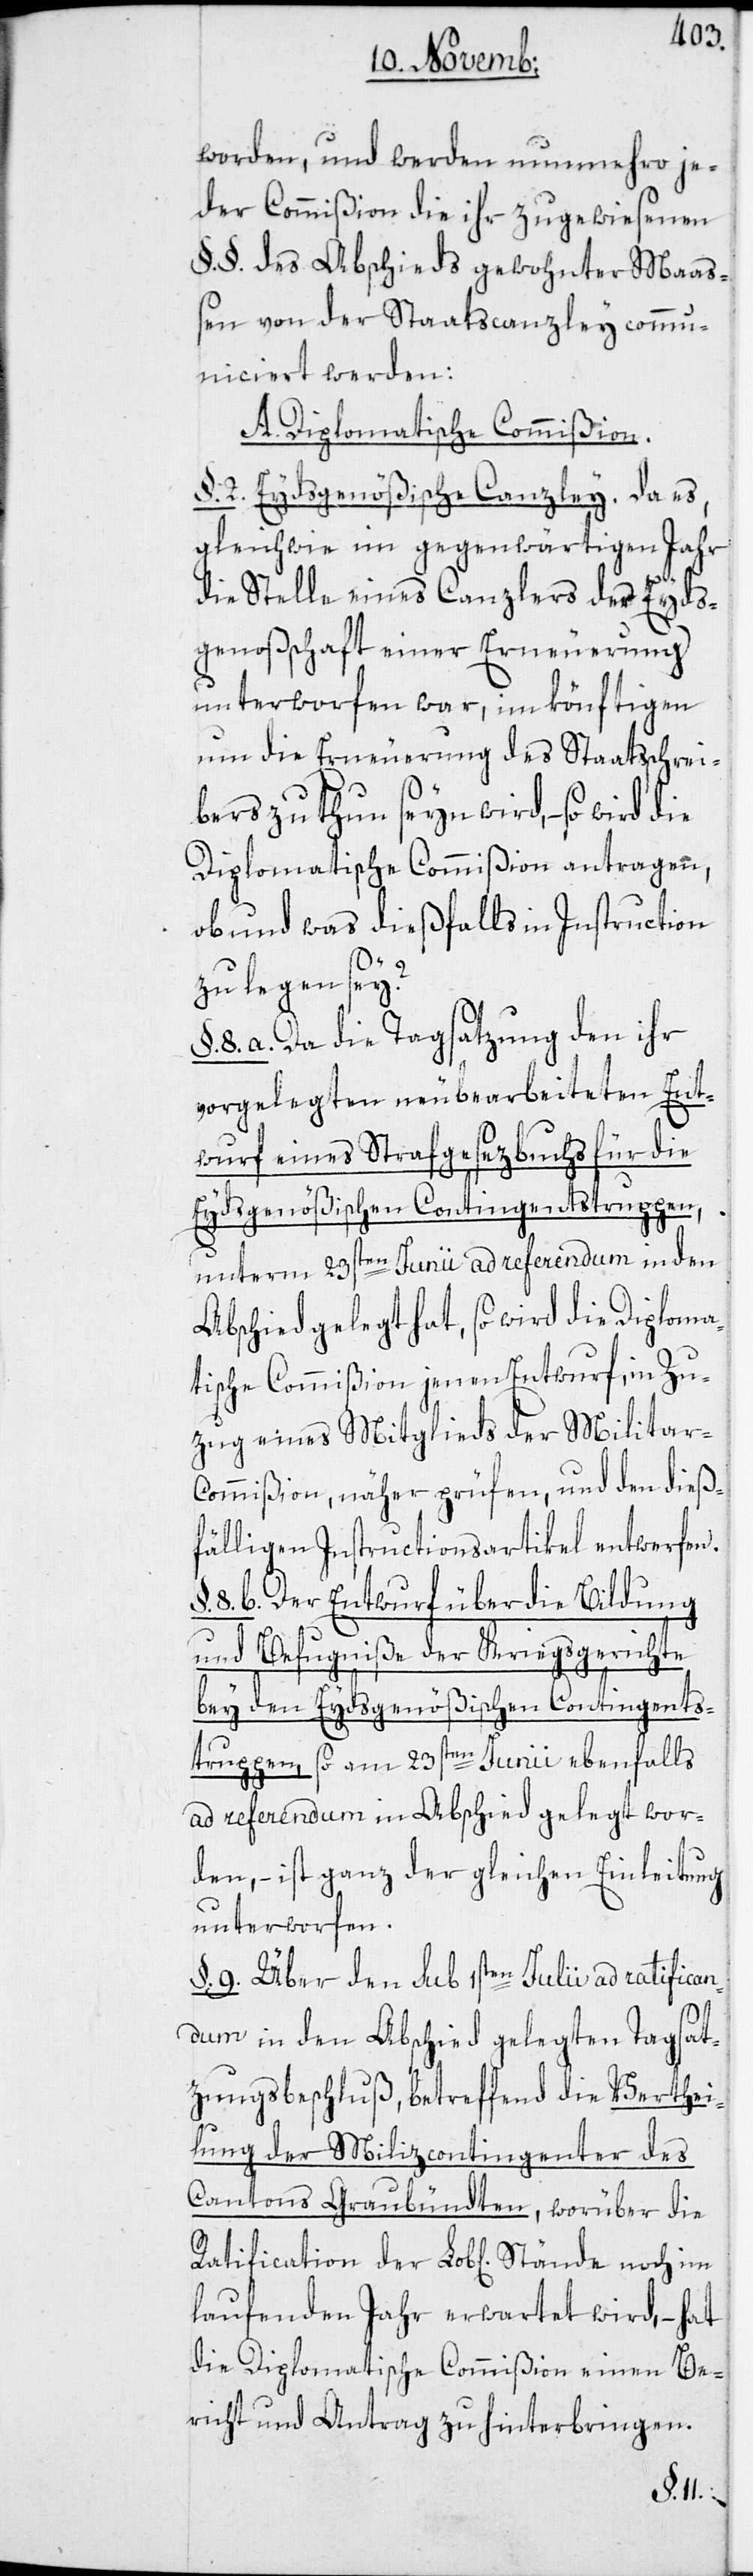
worden, und werden nunmehro je¬
der Commißion die ihr zugewiesenen
§.§. des Abschieds gewohnter Maaß¬
en von der Staatscanzley comm¬
uniciert werden:
A. Diplomatische Commißion.
§. 2. Eydsgenößische Canzley. Da es,
gleichwie im gegenwärtigen Jahr
die Stelle eines Canzlers der Eyds¬
genoßschaft einer Erneuerung
unterworfen war, im könftigen
um die Erneuerung des Staatsschrei¬
bers zu thun seyn wird, – so wird
Diplomatische Commißion antragen,
ob und was dießfalls in Instruction
zu legen sey?
8. a. Da die Tagsatzung den ihr
vorgelegten neubearbeiteten Ent¬
wurf eines Strafgesezbuchs für die
Eydsgenößischen Contingentstruppen,
unterm 23sten Junii ad referendum in den
Abschied gelegt hat, so wird die Diploma¬
tische Commißion jenen Entwurf, in Zu¬
zug eines Mitglieds der Militar-C¬
ommißion, näher prüfen, und den dieß¬
fälligen Instructionsartikel entwerfen.
8. b. Der Entwurf über die Bildung
und Befugniße der Kriegsgerichte
bey den Eydsgenößischen Contingents¬
truppen, so am 23sten Junii ebenfalls
ad referendum in Abschied gelegt wor¬
den, – ist ganz der gleichen Einleitung
unterworfen.
§. 9. Über den sub 1sten Julii ad ratifican¬
dum in den Abschied gelegten Tagsat¬
zungsbeschluß, betreffend die Verthei¬
lung der Milizcontingenter des
Cantons Graubündten, worüber die
laufenden Jahr erwartet wird, – hat
die Diplomatische Commißion einen Be¬
richt und Antrag zu hinterbringen.